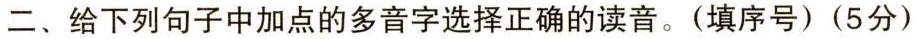
二、给下列句子中加点的多音字选择正确的读音。(填序号)(5分)